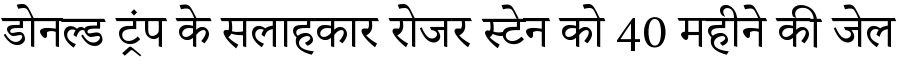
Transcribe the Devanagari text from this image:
डोनल्ड ट्रंप के सलाहकार रोजर स्टेन को 40 महीने की जेल